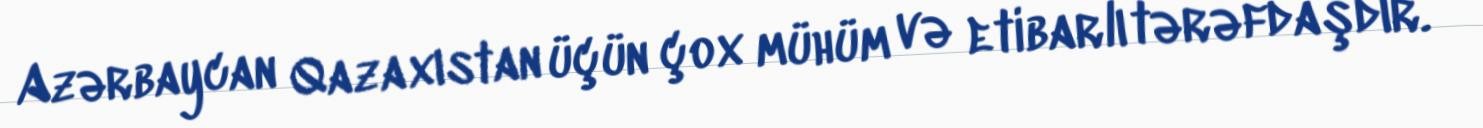
Azərbaycan Qazaxıstan üçün çox mühüm və etibarlı tərəfdaşdır.